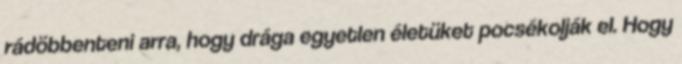
rádöbbenteni arra, hogy drága egyetlen életüket pocsékolják el. Hogy